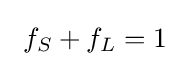
\ f_{S}+f_{L}=1